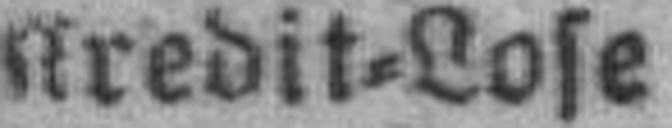
Kredit=Lose